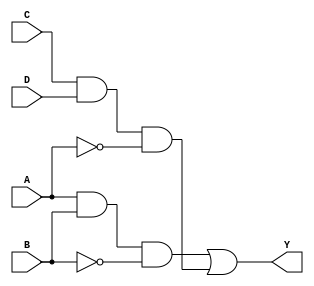
module MultiLevelSimplification (
    input wire A,  // Input variable A
    input wire B,  // Input variable B
    input wire C,  // Input variable C
    input wire D,  // Input variable D
    output wire Y  // Output of the simplified logic function
);
    // Intermediate signals for sub-functions
    wire AB;       // Intermediate signal for AND operation
    wire CD;       // Intermediate signal for AND operation
    wire AB_CD;    // Intermediate signal for OR operation
    wire NOT_A;    // Intermediate signal for NOT operation
    wire NOT_B;    // Intermediate signal for NOT operation

    // Step 1: Factorization and Intermediate Logic
    // Example: Y = (A AND B) OR (C AND D)
    assign AB = A & B;  // AND operation for A and B
    assign CD = C & D;  // AND operation for C and D

    // Step 2: Combine sub-functions
    assign AB_CD = AB | CD; // OR operation to combine results

    // Step 3: Apply NOT operation for additional logic
    assign NOT_A = ~A;      // NOT operation for A
    assign NOT_B = ~B;      // NOT operation for B

    // Final output logic (example of further simplification)
    // Example: Y = (AB AND NOT_B) OR (CD AND NOT_A)
    assign Y = (AB & NOT_B) | (CD & NOT_A); // Final output expression

endmodule